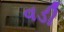
વડી